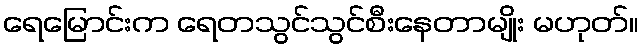
ရေမြောင်းက ရေတသွင်သွင်စီးနေတာမျိုး မဟုတ်။